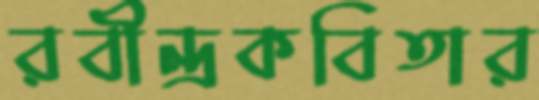
রবীন্দ্রকবিতার